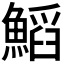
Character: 𩹴